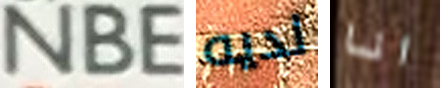
NBE لديه انا